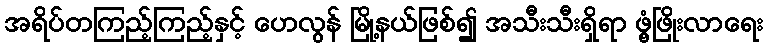
အရိပ်တကြည့်ကြည့်နှင့် ဟေလွန် မြို့နယ်ဖြစ်၍ အသီးသီးရှိရာ ဖွံ့ဖြိုးလာရေး